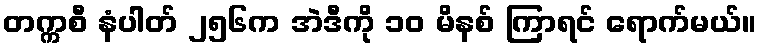
တက္ကစီ နံပါတ် ၂၅၆က အဲဒီကို ၁၀ မိနစ် ကြာရင် ရောက်မယ်။